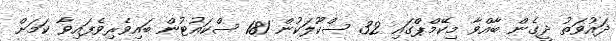
ދައުވަތު ދީގެން ބާއްވާ މިކޭމްޕްގައި 32 ސްކޫލަކުން 181 ސްކައުޓުން ބައިވެރިވެފައިވާ ކަމަށް